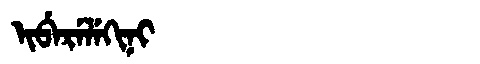
Manchu: ᡳᠪᡝᡵᡝᠯᡝᡴᡳᠨᡳ
Romanization: IBERELEKINI